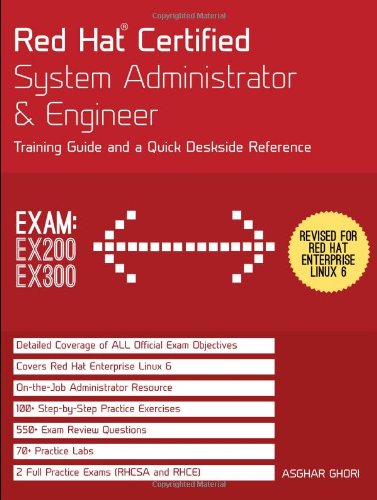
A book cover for Red Hat Certified System Administrator & Engineer: Training Guide and a Quick Deskside Reference, Exams EX200 & EX300; Asghar Ghori; Computers & Technology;